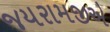
જયરામજીએ